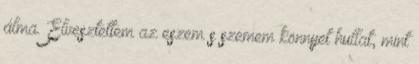
álma. Elvesztettem az eszem s szemem könnyet hullat, mint